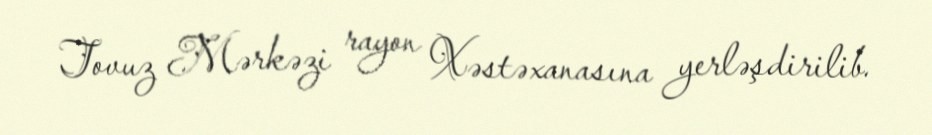
Tovuz Mərkəzi rayon Xəstəxanasına yerləşdirilib.